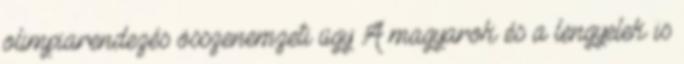
olimpiarendezés összenemzeti ügy A magyarok és a lengyelek is